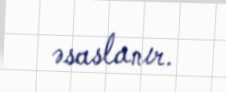
əsaslanır.